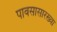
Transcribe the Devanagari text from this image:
पावसासारख्या